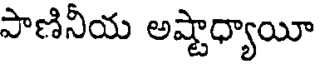
పాణినీయ అష్టాధ్యాయీ